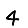
Digit: 4